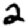
Digit: 2